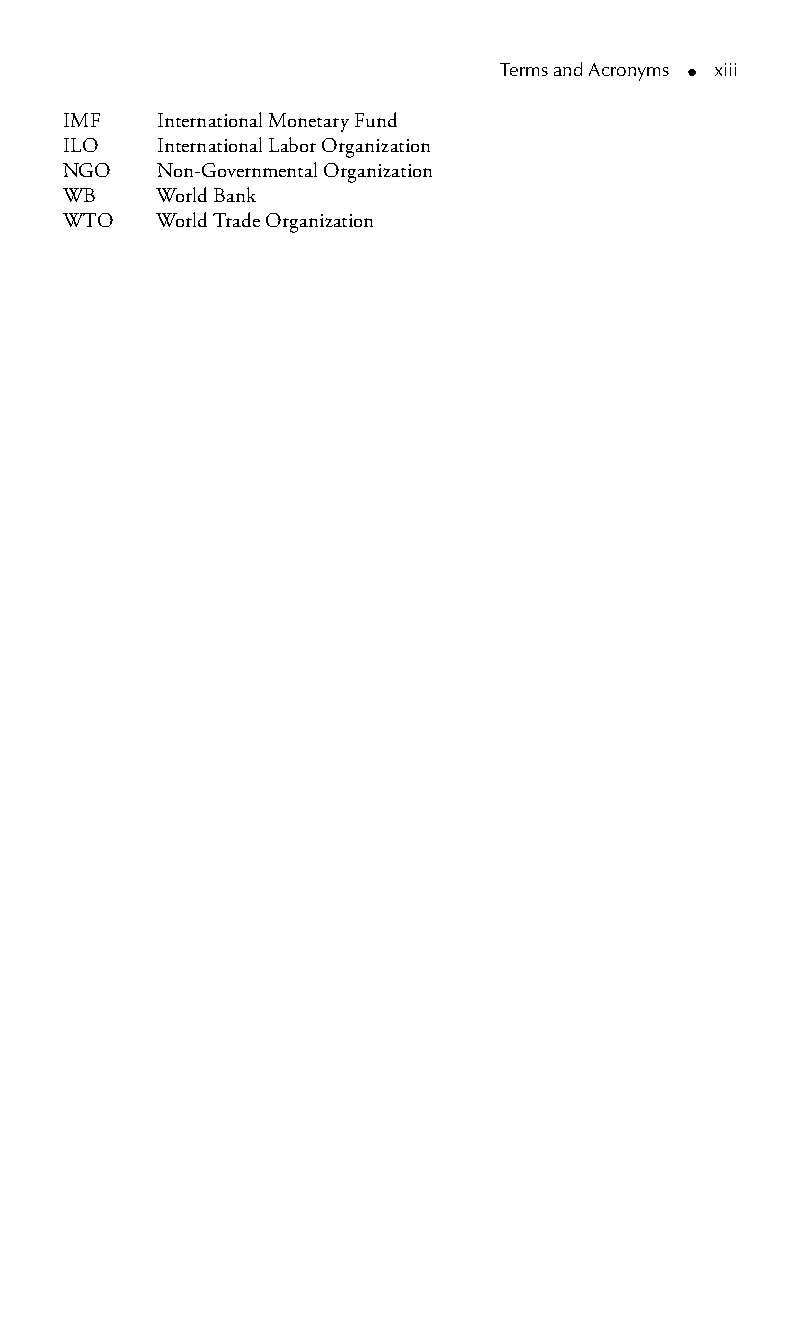
Terms and Acronyms ● xiii
 IMF International Monetary Fund
 ILO International Labor Organization
 NGO Non-Governmental Organization
 WB World Bank
 WTO World Trade Organization
 99778800223300660066440011ttss0011..iinndddd xxiiiiii 33//2277//22000088 33::0000::0066 PPMM